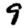
Digit: 9